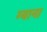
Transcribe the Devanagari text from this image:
ग्याना